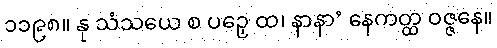
၁၁၉၈။ နု သံသယေ စ ပဉှေ ထ၊ နာနာ’ နေကတ္ထ ဝဇ္ဇနေ။